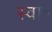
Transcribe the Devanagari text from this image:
स्वा॰